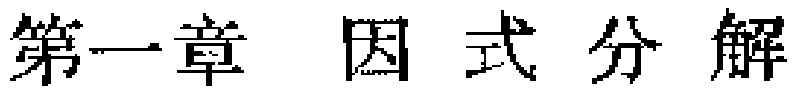
第一章 因式分解